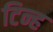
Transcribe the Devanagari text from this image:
टिन्ह